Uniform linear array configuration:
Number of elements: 32
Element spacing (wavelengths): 0.5
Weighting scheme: hamming
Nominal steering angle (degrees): -60
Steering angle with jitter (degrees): -61.775
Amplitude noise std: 0.05
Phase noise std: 0.05

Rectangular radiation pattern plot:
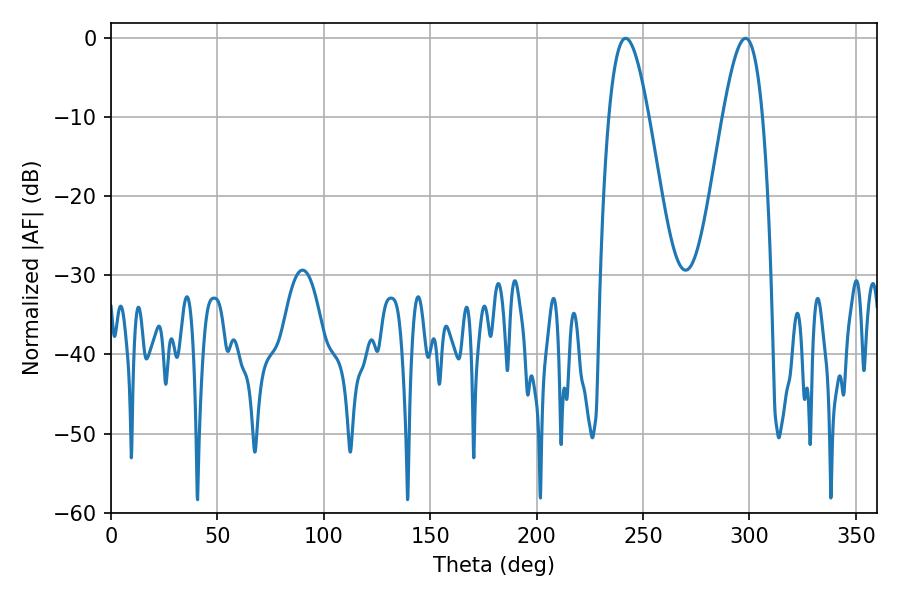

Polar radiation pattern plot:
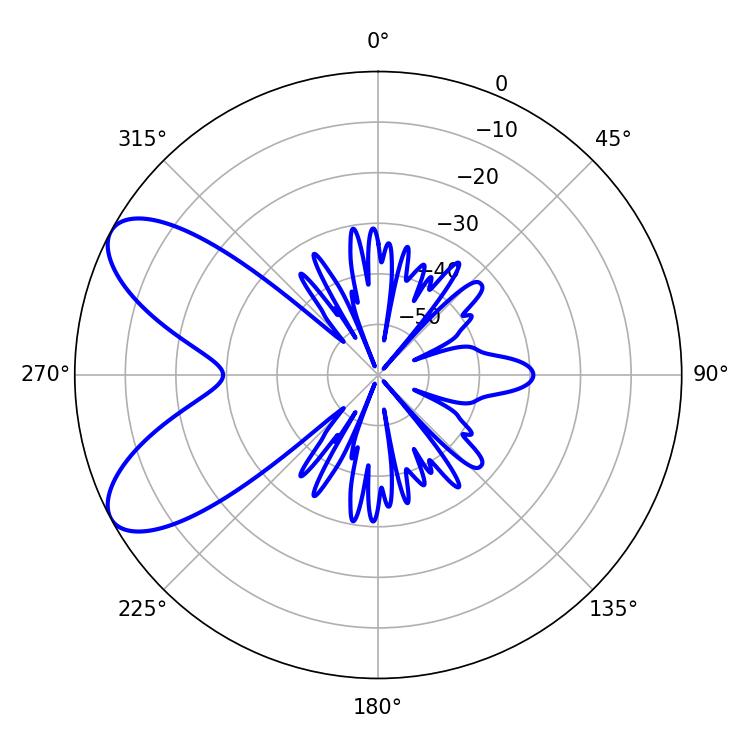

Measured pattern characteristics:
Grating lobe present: FALSE
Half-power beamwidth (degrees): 10.08
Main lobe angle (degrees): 298.08